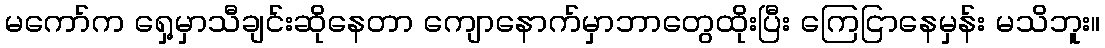
မကော်က ရှေ့မှာသီချင်းဆိုနေတာ ကျောနောက်မှာဘာတွေထိုးပြီး ကြေငြာနေမှန်း မသိဘူး။